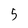
Character: 5